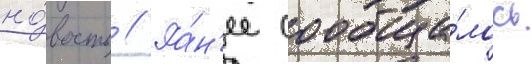
но́вость // Ра́н'ее сообща́лось